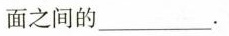
面之间的面之间的_________.